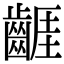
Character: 𪘬